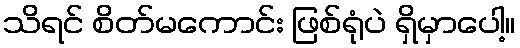
သိရင် စိတ်မကောင်း ဖြစ်ရုံပဲ ရှိမှာပေါ့။